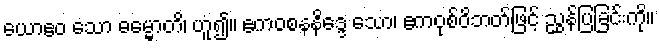
ယောဧဝ သော ဓမ္မောတိ၊ ဟူ၍။ ဧကဝစနနိဒ္ဒေ သော၊ ဧကဝုစ်ဝိဘတ်ဖြင့် ညွှန်ပြခြင်းကို။